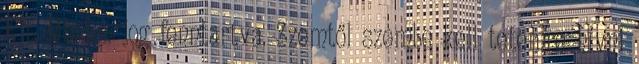
Kft. Minden jog fenntartva. Szemtől szembe kell tetemre hívni